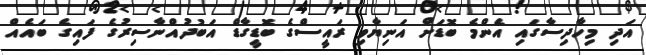
އަދި މިހާދިސާގައި އެންމެ ބޮޑަށް އަނިޔާވި ރައީސްގެ ބޮޑީގާޑް އަބުދުއްނާސިރުގެ ފައިގެ ބައެއް